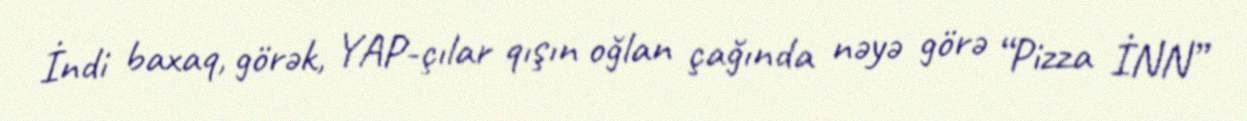
İndi baxaq, görək, YAP-çılar qışın oğlan çağında nəyə görə “Pizza İNN”